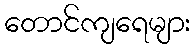
တောင်ကျရေများ